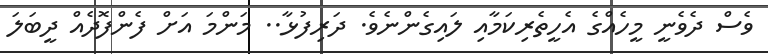
ވެސް ދެވެނީ މީހެއްގެ އެހީތެރިކަމާއި ލައިގެންނެވެ. ދަރިފުޅާ.. މަންމަ އަށް ފެންފޮދެއް ދީބަލަ